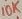
Text: 10K